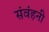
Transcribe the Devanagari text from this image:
संवंहनी